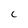
Character: C